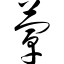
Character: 蕈